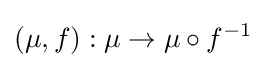
(\mu ,f):\mu \to \mu \circ f^{-1}